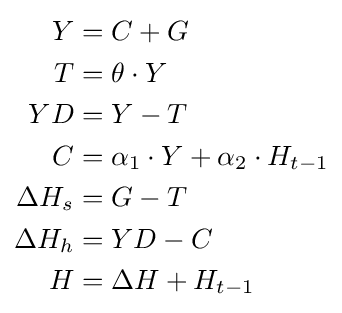
{\begin{aligned}Y&=C+G\\T&=\theta \cdot Y\\YD&=Y-T\\C&=\alpha _{1}\cdot Y+\alpha _{2}\cdot H_{t-1}\\\Delta H_{s}&=G-T\\\Delta H_{h}&=YD-C\\H&=\Delta H+H_{t-1}\\\end{aligned}}